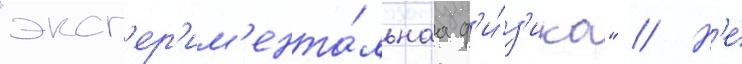
"эксп'ер'им'ента́льнаа ф'и́з'ика" // Н'е́